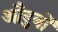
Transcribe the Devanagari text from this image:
औदुबों